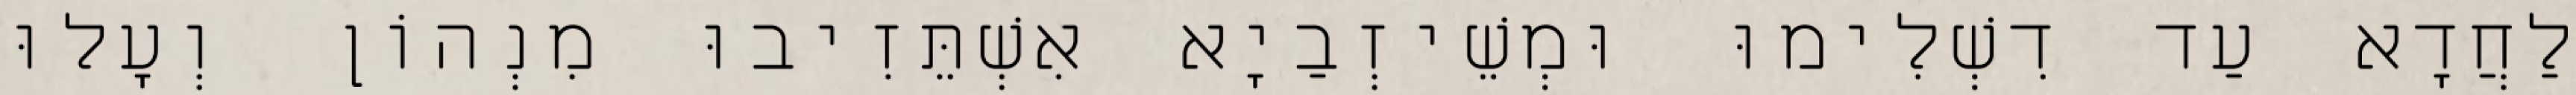
לַחֲדָא עַד דִשְׁלִימוּ וּמְשֵׁיזְבַיָא אִשְׁתֵּזִיבוּ מִנְהוֹן וְעָלוּ